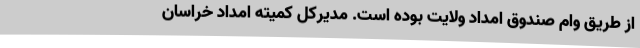
از طریق وام صندوق امداد ولایت بوده است. مدیرکل کمیته امداد خراسان